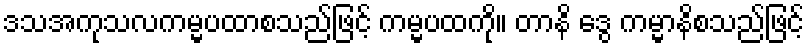
ဒသအကုသလကမ္မပထာစသည်ဖြင့် ကမ္မပထကို။ တာနိ ဒွေ ကမ္မာနိစသည်ဖြင့်